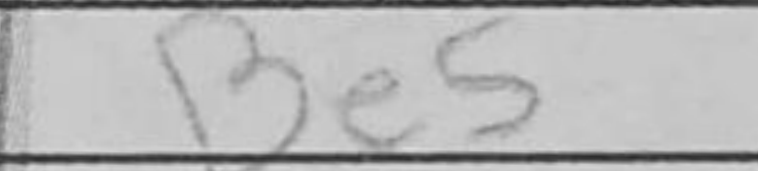
Transcription: Be5